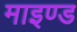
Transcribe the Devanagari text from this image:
माइण्ड